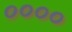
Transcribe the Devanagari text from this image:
००००